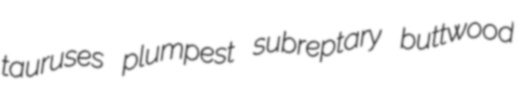
tauruses plumpest subreptary buttwood